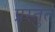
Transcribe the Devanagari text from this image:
प्रस्‍तुत